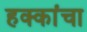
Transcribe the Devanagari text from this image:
हक्‍कांचा